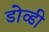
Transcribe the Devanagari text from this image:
डोव्डी